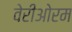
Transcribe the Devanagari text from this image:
वेरीओरम